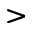
>